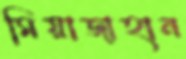
মিয়াজাহান